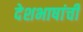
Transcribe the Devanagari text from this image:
देशभाषांची